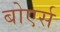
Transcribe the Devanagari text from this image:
बोएर्स